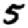
Digit: 5